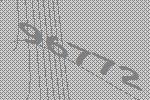
96772